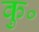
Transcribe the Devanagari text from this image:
कु॰